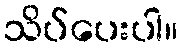
သိပ်ပေးပါ။